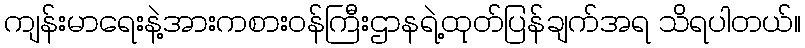
ကျန်းမာရေးနဲ့အားကစားဝန်ကြီးဌာနရဲ့ထုတ်ပြန်ချက်အရ သိရပါတယ်။